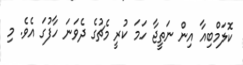
ކޮލަމްބިއާ އިން ނަތީޖާ ހަމަ ކުރީ މެޗުގެ ދެވަނަ ހާފުގަ އެވެ. މި